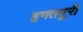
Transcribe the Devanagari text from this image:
इगतपूरी